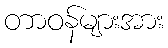
တာဝန်များအား